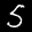
Label: 5